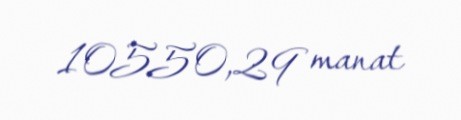
10550,29 manat